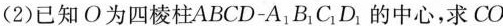
(2)已知O为四棱柱ABCD-A_{1}B_{1}C_{1}D_{1}的中心，求CO